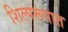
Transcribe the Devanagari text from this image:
शिल्परूपात